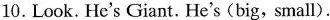
10.Look.He's Giant. He's (big, small).